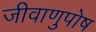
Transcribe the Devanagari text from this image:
जीवाणुपोष